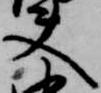
夫